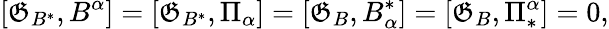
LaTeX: [\mathfrak{G}_{B^{\ast}},B^{\alpha}]=[\mathfrak{G}_{B^{\ast}},\Pi_{\alpha}]=[\mathfrak{G}_{B},B_{\alpha}^{\ast}]=[\mathfrak{G}_{B},\Pi_{\ast}^{\alpha}]=0,